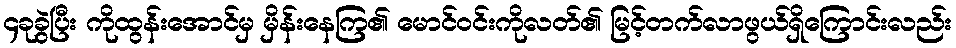
၄ခုခွဲပြီး ကိုထွန်းအောင်မှ မှိန်းနေကြ၏ မောင်ဝင်းကိုလတ်၏ မြင့်တက်လာဖွယ်ရှိကြောင်းလည်း